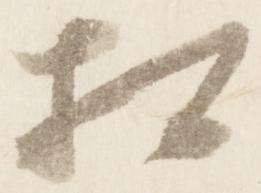
相